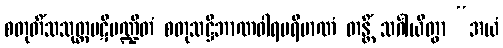
စတုတိံသသုတ္တပဋိမဏ္ဍိတံ စတုသဋ္ဌိဘာဏဝါရပရိမာဏံ တန္တိံ သင်္ဂါယိတွာ “အယံ